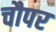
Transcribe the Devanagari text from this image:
चौपर